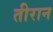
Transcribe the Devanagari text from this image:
तीरान